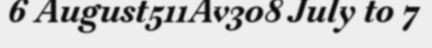
6 August511Av308 July to 7